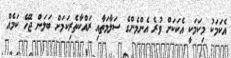
އެކަމަކު މިކަމަކީ އެކަކަށް ވުރެ އެންމެންގެ ސަލާމަތާއި ރައްކާތެރިކަމަށް ބަލަން ޖެހޭ ކަމެއް